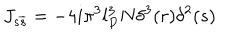
J _ { s \overline { { { s } } } } = - 4 i \pi ^ { 3 } l _ { P } ^ { 3 } N \delta ^ { 3 } ( r ) \delta ^ { 2 } ( s )